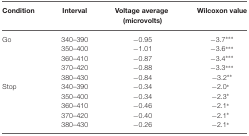
<table><thead><tr><td><b>Condition</b></td><td><b>Interval</b></td><td><b>Voltage average (microvolts)</b></td><td><b>Wilcoxon value</b></td></tr></thead><tbody><tr><td>Go</td><td>340–390</td><td>−0.95</td><td>−3.7***</td></tr><tr><td></td><td>350–400</td><td>−1.01</td><td>−3.6***</td></tr><tr><td></td><td>360–410</td><td>−0.87</td><td>−3.4***</td></tr><tr><td></td><td>370–420</td><td>−0.88</td><td>−3.3***</td></tr><tr><td></td><td>380–430</td><td>−0.84</td><td>−3.2**</td></tr><tr><td>Stop</td><td>340–390</td><td>−0.34</td><td>−2.0*</td></tr><tr><td></td><td>350–400</td><td>−0.34</td><td>−2.3*</td></tr><tr><td></td><td>360–410</td><td>−0.46</td><td>−2.1*</td></tr><tr><td></td><td>370–420</td><td>−0.40</td><td>−2.1*</td></tr><tr><td></td><td>380–430</td><td>−0.26</td><td>−2.1*</td></tr></tbody></table>